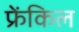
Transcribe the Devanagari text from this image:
फ्रेंकिल